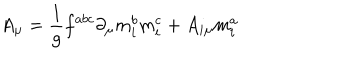
A _ { \mu } = \frac 1 g f ^ { a b c } \partial _ { \mu } m _ { i } ^ { b } m _ { i } ^ { c } + A _ { i \mu } m _ { i } ^ { a }